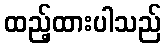
ထည့်ထားပါသည်